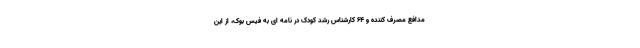
مدافع مصرف کننده و ۶۴ کارشناس رشد کودک در نامه ای به فیس بوک، از این